Reports on dispensaries and lunatic asylums in the Province of Oudh - 1869-1876
Year: 1869
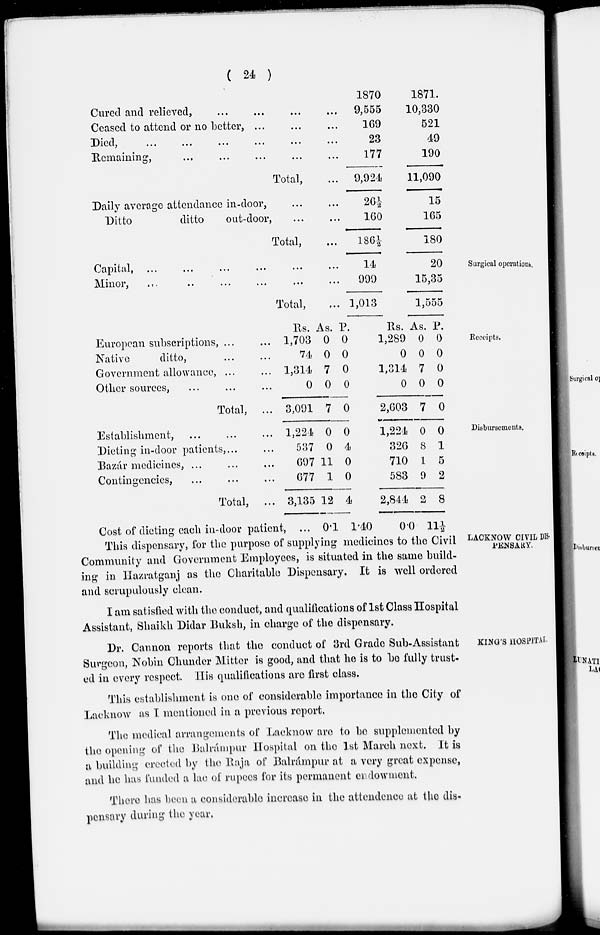
( 24 )
Surgical operations.
Cured and relieved, ... ... ... ...
Ceased to attend or no better, ... ... ...
Died, ... ... ... ... ... ...
Remaining,
...
...
...
...
...
Total, ...
Daily average attendance in-door, ... ...
Ditto
ditto out-door, ... ...
Total, ...
Capital ... ... ... ... ... ...
Minor, ... ... ... ... ... ...
Total, ...
1870.
9,555
169
23
177
9,924
26½
160
186½
14
999
1,013
1871.
10,330
521
49
190
11,090
15
165
180
20
15,35
1,555
Receipts.
European subscriptions, ... ...
Native
ditto, ... ...
Government allowance, ... ...
Other sources, ... ... ...
Total, ...
Rs.
1,703
74
1,314
0
3,091
As.
0
0
7
0
7
P.
0
0
0
0
0
Rs.
1,289
0
1,314
0
2,603
As.
0
0
7
0
7
P.
0
0
0
0
0
Disbursements.
Establishment, ... ... ...
Dieting in-door patients, ... ...
Bazár medicines, ... ... ...
Contingencies, ... ... ...
Total, ...
Cost of dieting each in-door patient,
1,224
537
697
677
3,135
...
0
0
11
1
12
0.1
0
4
0
0
4
1.40
1,224
326
710
583
2,844
0.0
0
8
1
9
2
0
1
5
2
8
11½
LACKNOW CIVIL DIS-
PENSARY.
This dispensary, for the purpose of supplying medicines to the Civil
Community and Government Employees, is situated in the same build-
ing in Hazratganj as the Charitable Dispensary. It is well ordered
and scrupulously clean.
I am satisfied with the conduct, and qualifications of 1st Class Hospital
Assistant, Shaikh Didar Buksh, in charge of the dispensary.
KING'S HOSPITAL.
Dr. Cannon reports that the conduct of 3rd Grade Sub-Assistant
Surgeon, Nobin Chunder Mitter is good, and that he is to be fully trust-
ed in every respect. His qualifications are first class.
This establishment is one of considerable importance in the City of
Lacknow as I mentioned in a previous report.
The medical arrangements of Lacknow are to be supplemented by
the opening of the Balrámpur Hospital on the 1st March next. It is
a building erected by the Raja of Balrámpur at a very great expense,
and he has funded a lac of rupees for its permanent endowment.
There has been a considerable increase in the attendence at the dis-
pensary during the year.